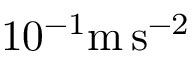
1 0 ^ { - 1 } \mathrm { m } \, \mathrm { s } ^ { - 2 }